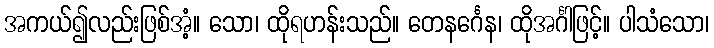
အကယ်၍လည်းဖြစ်အံ့။ သော၊ ထိုရဟန်းသည်။ တေနင်္ဂေန၊ ထိုအင်္ဂါဖြင့်။ ပါသံသော၊